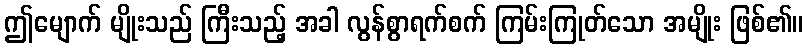
ဤမျောက် မျိုးသည် ကြီးသည့် အခါ လွန်စွာရက်စက် ကြမ်းကြုတ်သော အမျိုး ဖြစ်၏။